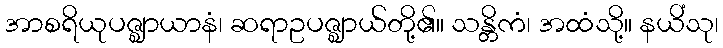
အာစရိယုပဇ္ဈာယာနံ၊ ဆရာဥပဇ္ဈာယ်တို့၏။ သန္တိကံ၊ အထံသို့။ နယိံသု၊